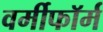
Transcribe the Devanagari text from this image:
वर्मीफॉर्म